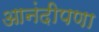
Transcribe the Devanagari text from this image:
आनंदीपणा